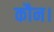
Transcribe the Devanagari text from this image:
कौन।